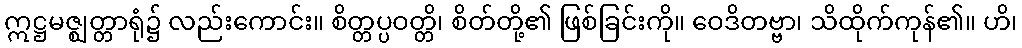
ဣဋ္ဌမဇ္ဈတ္တာရုံ၌ လည်းကောင်း။ စိတ္တပ္ပဝတ္တိ၊ စိတ်တို့၏ ဖြစ်ခြင်းကို။ ဝေဒိတဗ္ဗာ၊ သိထိုက်ကုန်၏။ ဟိ၊